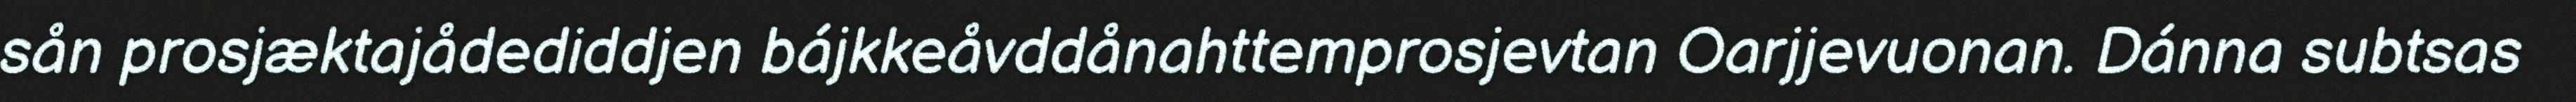
sån prosjæktajådediddjen bájkkeåvddånahttemprosjevtan Oarjjevuonan. Dánna subtsas